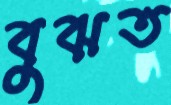
বুঝত